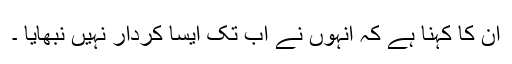
ان کا کہنا ہے کہ انہوں نے اب تک ایسا کردار نہیں نبھایا ۔